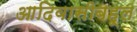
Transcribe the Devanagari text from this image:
आदिवासीबहूल